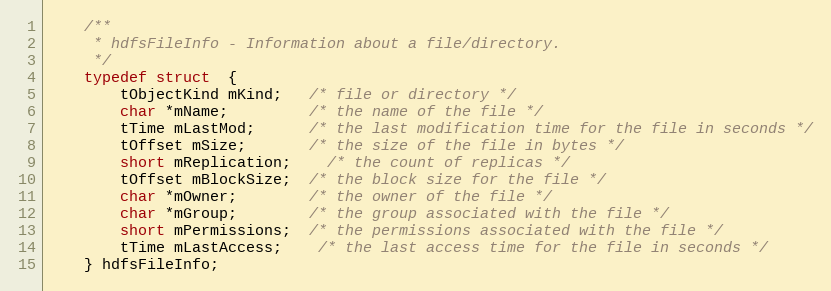
Language: C
    /**
     * hdfsFileInfo - Information about a file/directory.
     */
    typedef struct  {
        tObjectKind mKind;   /* file or directory */
        char *mName;         /* the name of the file */
        tTime mLastMod;      /* the last modification time for the file in seconds */
        tOffset mSize;       /* the size of the file in bytes */
        short mReplication;    /* the count of replicas */
        tOffset mBlockSize;  /* the block size for the file */
        char *mOwner;        /* the owner of the file */
        char *mGroup;        /* the group associated with the file */
        short mPermissions;  /* the permissions associated with the file */
        tTime mLastAccess;    /* the last access time for the file in seconds */
    } hdfsFileInfo;